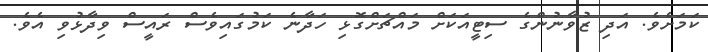
ކަމަށެވެ. އަދި ޒުވާނުންގެ ސިޓީއަކަށް މައްޗަށްގޮޅި ހަދާނެ ކަމުގައިވެސް ރައީސް ވިދާޅުވި އެވެ.